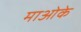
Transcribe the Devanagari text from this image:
माओके